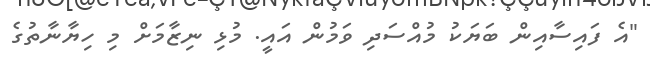
"އެ ފައިސާއިން ބަޔަކު މުއްސަދި ވަމުން އައީ. މުޅި ނިޒާމަށް މި ހިޔާނާތުގެ